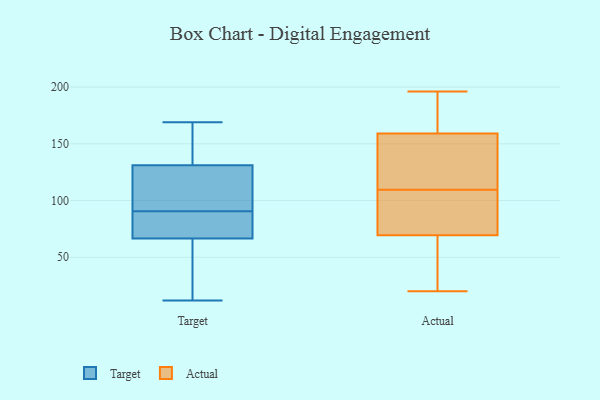
{"axis": {"x": "Waste Production (Tons)", "y": "Value"}, "legend": ["Actual", "Target"], "data": [{"x": "", "y": 134, "type": "Target"}, {"x": "", "y": 26, "type": "Target"}, {"x": "", "y": 48, "type": "Target"}, {"x": "", "y": 80, "type": "Target"}, {"x": "", "y": 79, "type": "Target"}, {"x": "", "y": 59, "type": "Target"}, {"x": "", "y": 101, "type": "Target"}, {"x": "", "y": 134, "type": "Target"}, {"x": "", "y": 12, "type": "Target"}, {"x": "", "y": 128, "type": "Target"}, {"x": "", "y": 108, "type": "Target"}, {"x": "", "y": 74, "type": "Target"}, {"x": "", "y": 169, "type": "Target"}, {"x": "", "y": 116, "type": "Target"}, {"x": "", "y": 142, "type": "Target"}, {"x": "", "y": 80, "type": "Target"}, {"x": "", "y": 196, "type": "Actual"}, {"x": "", "y": 123, "type": "Actual"}, {"x": "", "y": 33, "type": "Actual"}, {"x": "", "y": 25, "type": "Actual"}, {"x": "", "y": 103, "type": "Actual"}, {"x": "", "y": 141, "type": "Actual"}, {"x": "", "y": 138, "type": "Actual"}, {"x": "", "y": 116, "type": "Actual"}, {"x": "", "y": 85, "type": "Actual"}, {"x": "", "y": 179, "type": "Actual"}, {"x": "", "y": 63, "type": "Actual"}, {"x": "", "y": 177, "type": "Actual"}, {"x": "", "y": 182, "type": "Actual"}, {"x": "", "y": 87, "type": "Actual"}, {"x": "", "y": 76, "type": "Actual"}, {"x": "", "y": 20, "type": "Actual"}]}